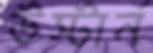
উস্টার্ন